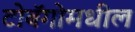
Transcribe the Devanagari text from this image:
टोबॅगोमधील